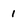
Character: 1